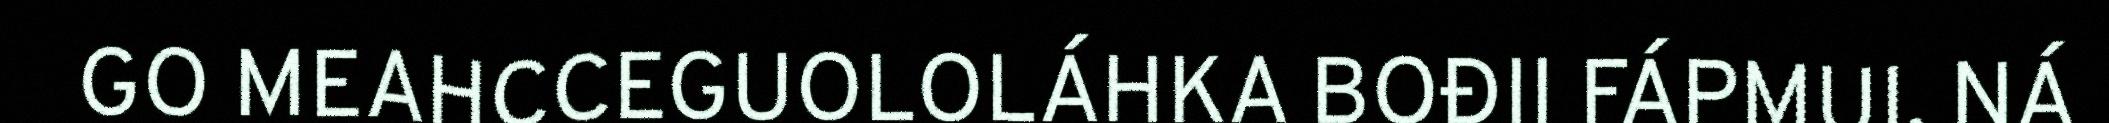
GO MEAHCCEGUOLOLÁHKA BOĐII FÁPMUI. NÁ